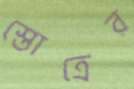
স্তোত্রের